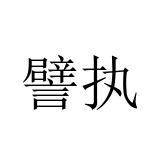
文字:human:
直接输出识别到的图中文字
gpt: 譬执